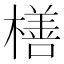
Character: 橏